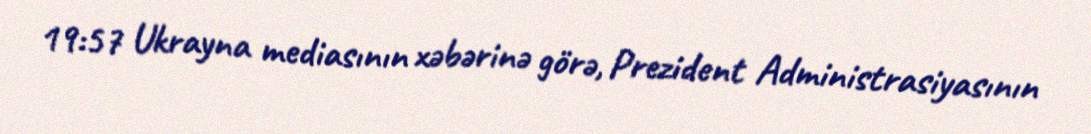
19:57 Ukrayna mediasının xəbərinə görə, Prezident Administrasiyasının